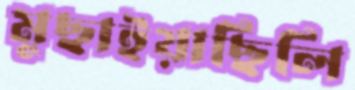
মুছাইয়াছিলি